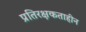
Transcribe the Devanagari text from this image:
प्रतिरक्षकताहीन